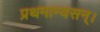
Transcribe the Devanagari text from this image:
प्रथमान्यसन्।